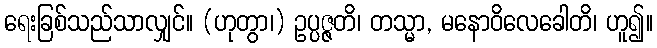
ရေးခြစ်သည်သာလျှင်။ (ဟုတွာ၊) ဥပ္ပဇ္ဇတိ၊ တသ္မာ, မနောဝိလေခေါတိ၊ ဟူ၍။